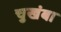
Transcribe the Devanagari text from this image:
चुखंबा